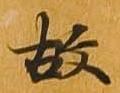
故